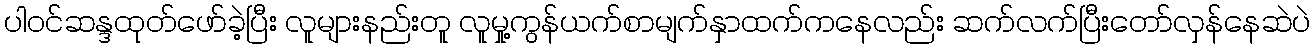
ပါဝင်ဆန္ဒထုတ်ဖော်ခဲ့ပြီး လူများနည်းတူ လူမှု့ကွန်ယက်စာမျက်နှာထက်ကနေလည်း ဆက်လက်ပြီးတော်လှန်နေဆဲပဲ